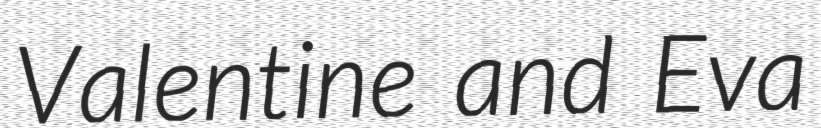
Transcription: Valentine and Eva